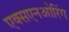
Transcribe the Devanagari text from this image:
एक्सएनओरिंग